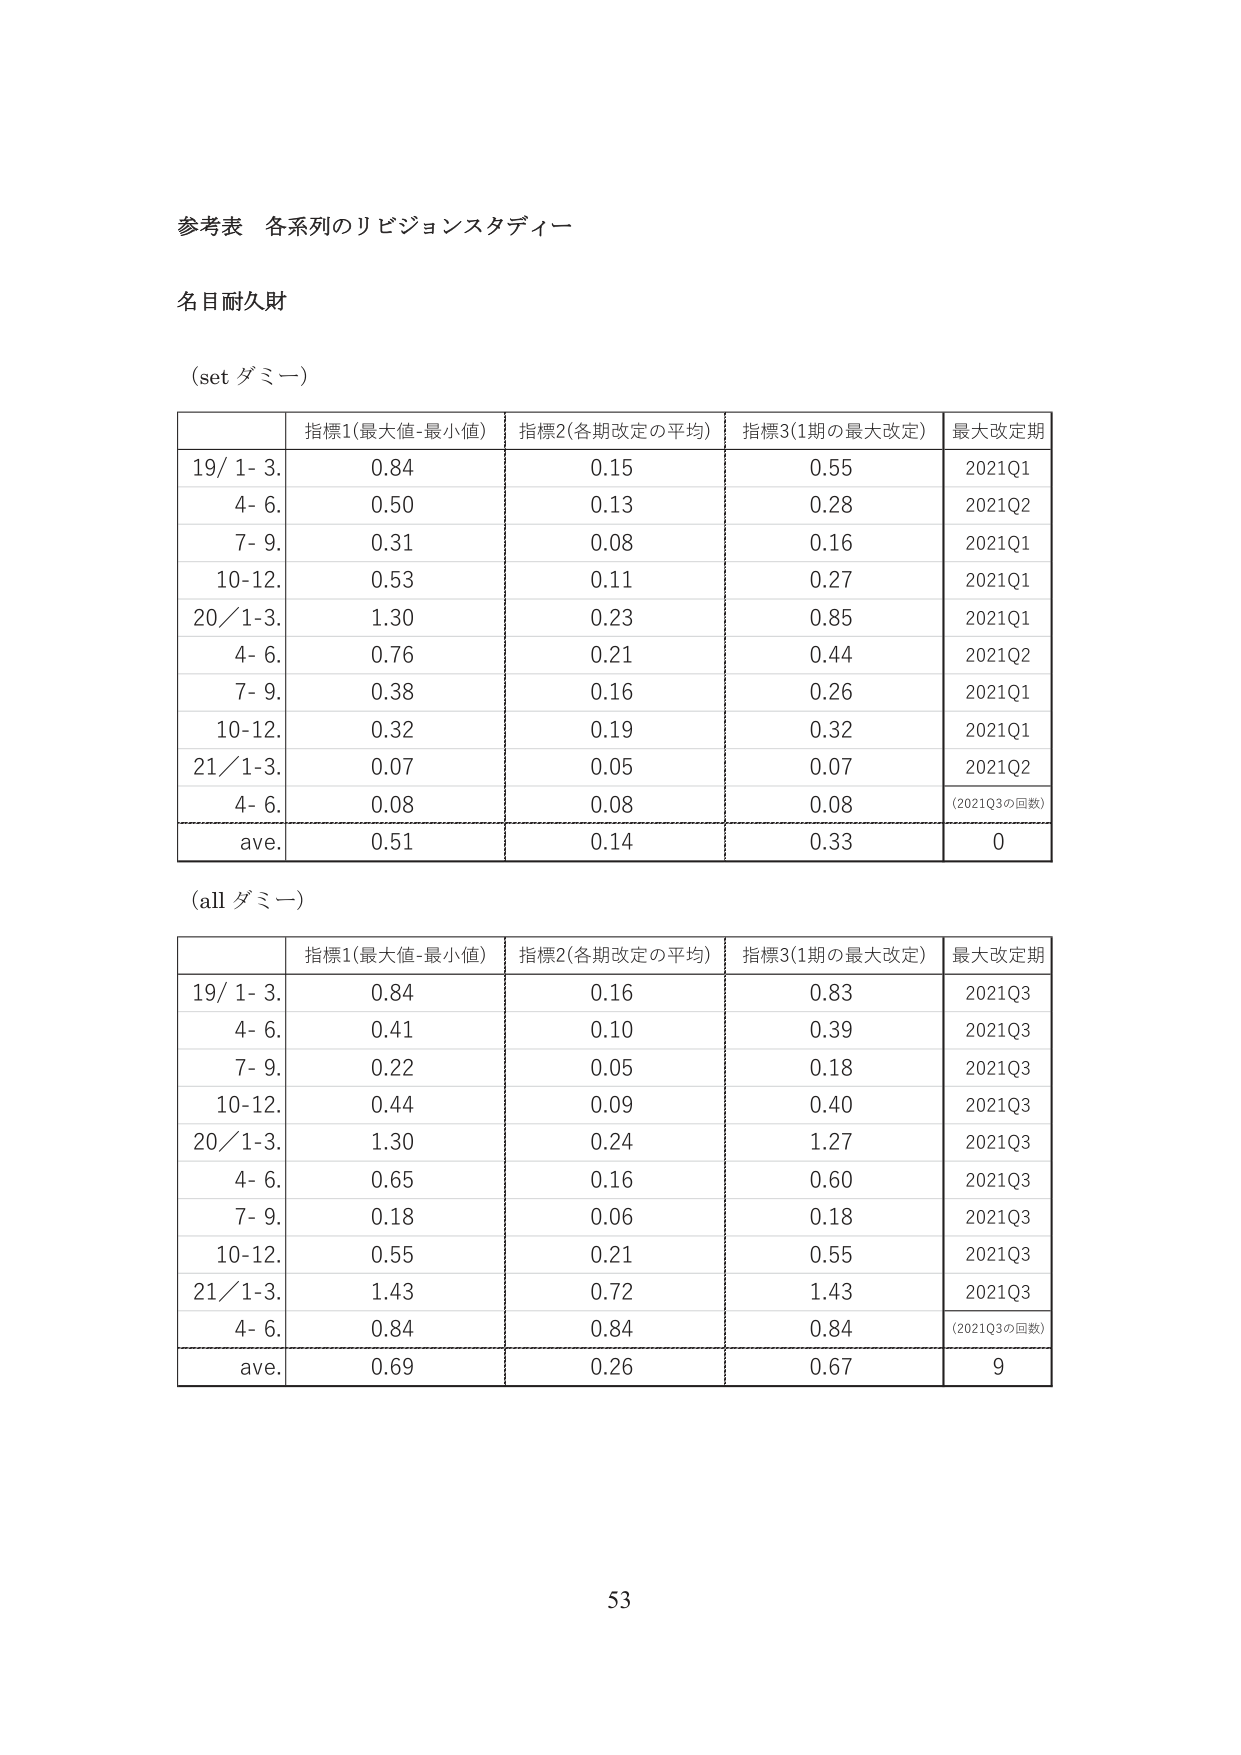
参考表 各系列のリビジョンスタディー

名目耐久財

(set ダミー)

指標1(最大値-最小値) 指標2(各期改定の平均) 指標3(1期の最大改定) 最大改定期
19/1-3. 0.84 0.15 0.55 2021Q1
4-6. 0.50 0.13 0.28 2021Q2
7-9. 0.31 0.08 0.16 2021Q1
10-12. 0.53 0.11 0.27 2021Q1
20/1-3. 1.30 0.23 0.85 2021Q1
4-6. 0.76 0.21 0.44 2021Q2
7-9. 0.38 0.16 0.26 2021Q1
10-12. 0.32 0.19 0.32 2021Q1
21/1-3. 0.07 0.05 0.07 2021Q2
4-6. 0.08 0.08 0.08 (2021Q3の回数)
ave. 0.51 0.14 0.33 0

(all ダミー)

指標1(最大値-最小値) 指標2(各期改定の平均) 指標3(1期の最大改定) 最大改定期
19/1-3. 0.84 0.16 0.83 2021Q3
4-6. 0.41 0.10 0.39 2021Q3
7-9. 0.22 0.05 0.18 2021Q3
10-12. 0.44 0.09 0.40 2021Q3
20/1-3. 1.30 0.24 1.27 2021Q3
4-6. 0.65 0.16 0.60 2021Q3
7-9. 0.18 0.06 0.18 2021Q3
10-12. 0.55 0.21 0.55 2021Q3
21/1-3. 1.43 0.72 1.43 2021Q3
4-6. 0.84 0.84 0.84 (2021Q3の回数)
ave. 0.69 0.26 0.67 9

53